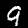
Digit: 9